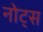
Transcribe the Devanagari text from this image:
नोट्‍स